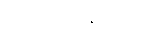
ဗောဓိပင်သို့တည်း။